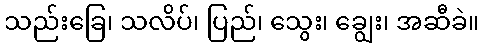
သည်းခြေ၊ သလိပ်၊ ပြည်၊ သွေး၊ ချွေး၊ အဆီခဲ။